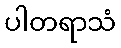
ပါတရာသံ